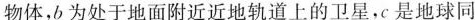
物体，b为处于地面附近近地轨道上的卫星，c是地球同